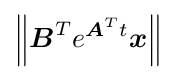
\left\Vert {\boldsymbol {B}}^{T}e^{{\boldsymbol {A}}^{T}t}{\boldsymbol {x}}\right\Vert